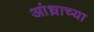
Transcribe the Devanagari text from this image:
आंध्राच्या